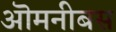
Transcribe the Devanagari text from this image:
ऒमनीबस